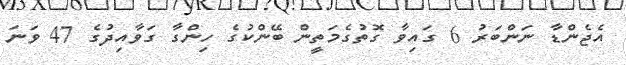
އެޖެންޑާ ނަންބަރު 6 ގައިވާ ގޮތުގެމަތީން ބޭންކުގެ ހިންގާ ގަވާއިދުގެ 47 ވަނަ